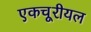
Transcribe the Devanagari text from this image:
एकचूरीयल